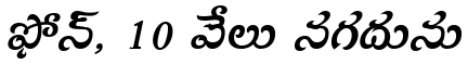
ఫోన్, 10 వేలు నగదును